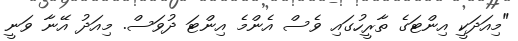
"މިއަދަކީ އިންޓަގެ ތާރީހުގައި ވެސް އެންމެ އިންޓަ ދުވަސް. މިއަދު އޭނާ ވަނީ